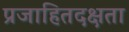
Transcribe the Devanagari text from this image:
प्रजाहितदक्षता